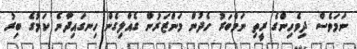
ނަމަވެސް ދިވެހިންގެ ރީތި ނަމްބަރު ހެދުން މަންޒަރުން ގެއްލިގެން ހިނގައިދާނެ ކަމުގެ ބިރު